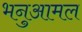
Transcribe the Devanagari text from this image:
भनुआमल